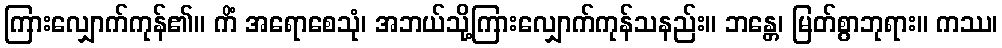
ကြားလျှောက်ကုန်၏။ ကိံ အရောစေသုံ၊ အဘယ်သို့ကြားလျှောက်ကုန်သနည်း။ ဘန္တေ၊ မြတ်စွာဘုရား။ ကဿ၊